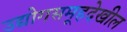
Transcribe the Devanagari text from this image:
उद्योगसमूहदेखील